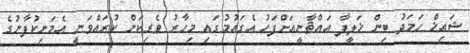
ޝައިޚް ހަމަދު ބިން ޚަލީފާ އައްޘާނީއަށްފަހު އެގައުމުގައި މިހާރު ވެރިކަން ކުރައްވަނީ އެމަނިކުފާނުގެ